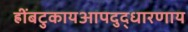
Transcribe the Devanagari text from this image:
ह्रींबटुकायआपदुद्धारणाय